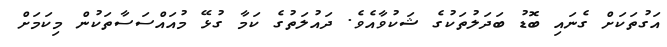
އަގުތަކަށް ގެނައި ބޮޑު ބަދަލުތަކުގެ ޝަކުވާއެވެ. ދައުލަތުގެ ކަމާ ގުޅޭ މުއައްސަސާތަކުން މިކަމަށް